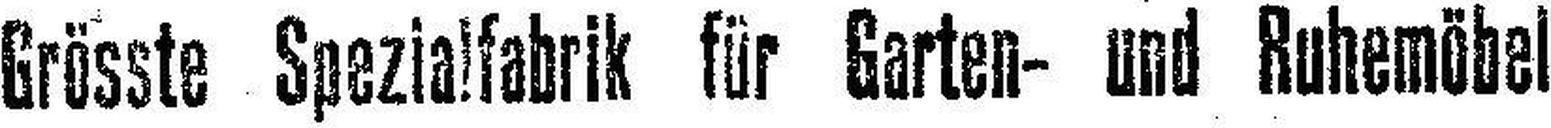
Grösste Spezialfabrik für Garten- und Ruhemöbel